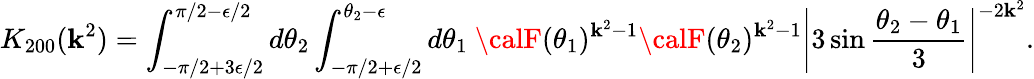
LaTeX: K_{200}(\mathbf{k}^{2})=\int_{-\pi/2+3\epsilon/2}^{\pi/2-\epsilon/2}d\theta_{2}\int_{-\pi/2+\epsilon/2}^{\theta_{2}-\epsilon}d\theta_{1}~{\calF}(\theta_{1})^{\mathbf{k}^{2}-1}{\calF}(\theta_{2})^{\mathbf{k}^{2}-1}\left|3\sin\frac{{\theta_{2}-\theta_{1}}}{{3}}\right|^{-2\mathbf{k}^{2}}.